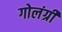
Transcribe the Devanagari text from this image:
गोलंग्री